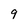
Character: 9